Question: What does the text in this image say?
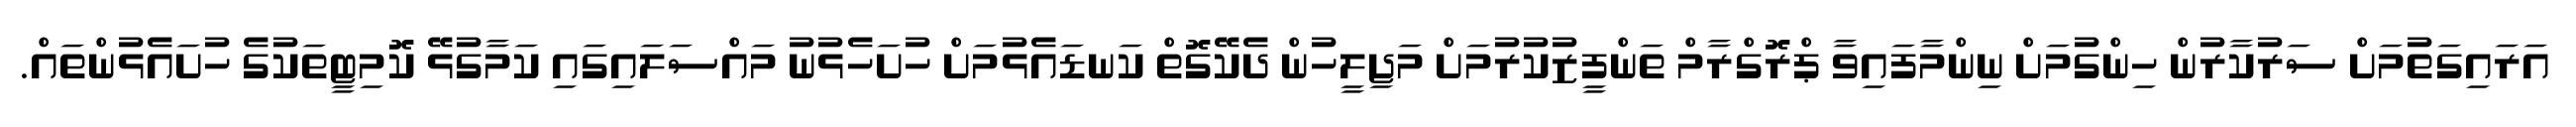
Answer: އަރައިގަތުމަށް ސަރުކާރުން ހިންގުމަށް ނިންމާފައިވާ ޕްރޮގްރާމް ތަންފީޒުކުރުމަށް މަޖިލީހުން ދެކޭގޮތް ކަނޑައެޅުމަށް ހުށަހެޅުނު މައްސަލައިގައި ކަމާގުޅޭ ކޮމިޓީތަކުގެ ހުށައެޅުންތައް.